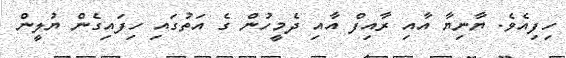
ހިފިއެވެ. ޔާނިޔާ އާއި ރާއިފް އާއި ދެމީހުން ގެ އަތުގައި ހިފައިގެން ޔުލީން